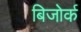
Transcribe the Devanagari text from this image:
बिजोर्क